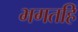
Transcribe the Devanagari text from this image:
भगतहिं